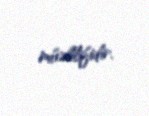
müəllifidir.